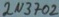
Text: 2N3702